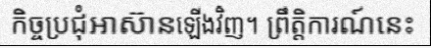
កិច្ចប្រជុំអាស៊ានឡើងវិញ។ ព្រឹត្តិការណ៍នេះ